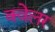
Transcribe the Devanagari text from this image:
क्वेलर